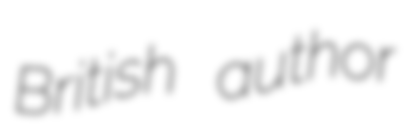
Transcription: British author